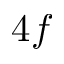
4 f